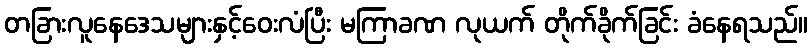
တခြားလူနေဒေသများနှင့်ဝေးလံပြီး မကြာခဏ လုယက် တိုက်ခိုက်ခြင်း ခံနေရသည်။